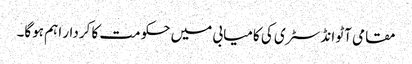
مقامی آٹو انڈسٹری کی کامیابی میں حکومت کا کردار اہم ہوگا۔